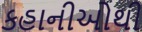
કહાનીઓથી